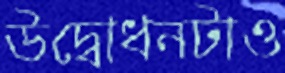
উদ্বোধনটাও